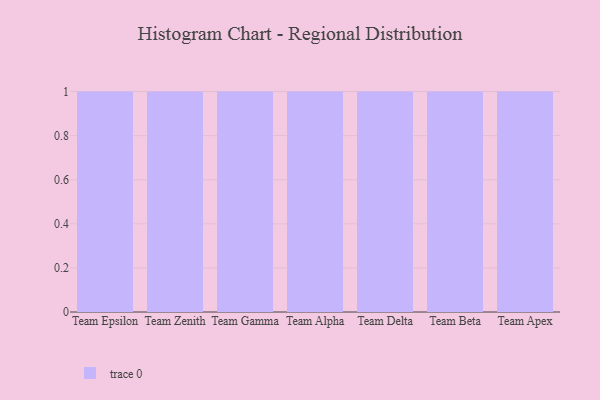
{"axis": {"x": "Team", "y": "Market Share (%)"}, "legend": [""], "data": [{"x": "Team Epsilon", "y": 30, "type": ""}, {"x": "Team Zenith", "y": 39, "type": ""}, {"x": "Team Gamma", "y": 32, "type": ""}, {"x": "Team Alpha", "y": 10, "type": ""}, {"x": "Team Delta", "y": 81, "type": ""}, {"x": "Team Beta", "y": 29, "type": ""}, {"x": "Team Apex", "y": 37, "type": ""}]}